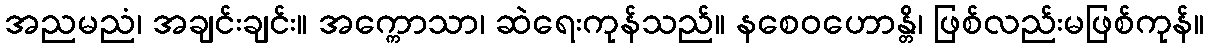
အညမညံ၊ အချင်းချင်း။ အက္ကောသာ၊ ဆဲရေးကုန်သည်။ နစေဝဟောန္တိ၊ ဖြစ်လည်းမဖြစ်ကုန်။